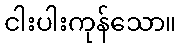
ငါးပါးကုန်သော။